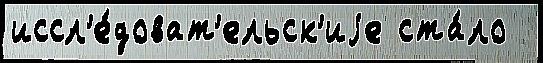
иссл'е́доват'ельск'иjе ста́ло